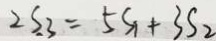
2 S _ { 3 } = 5 S _ { 1 } + 3 S _ { 2 }